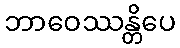
ဘာဝေဿန္တိပေ